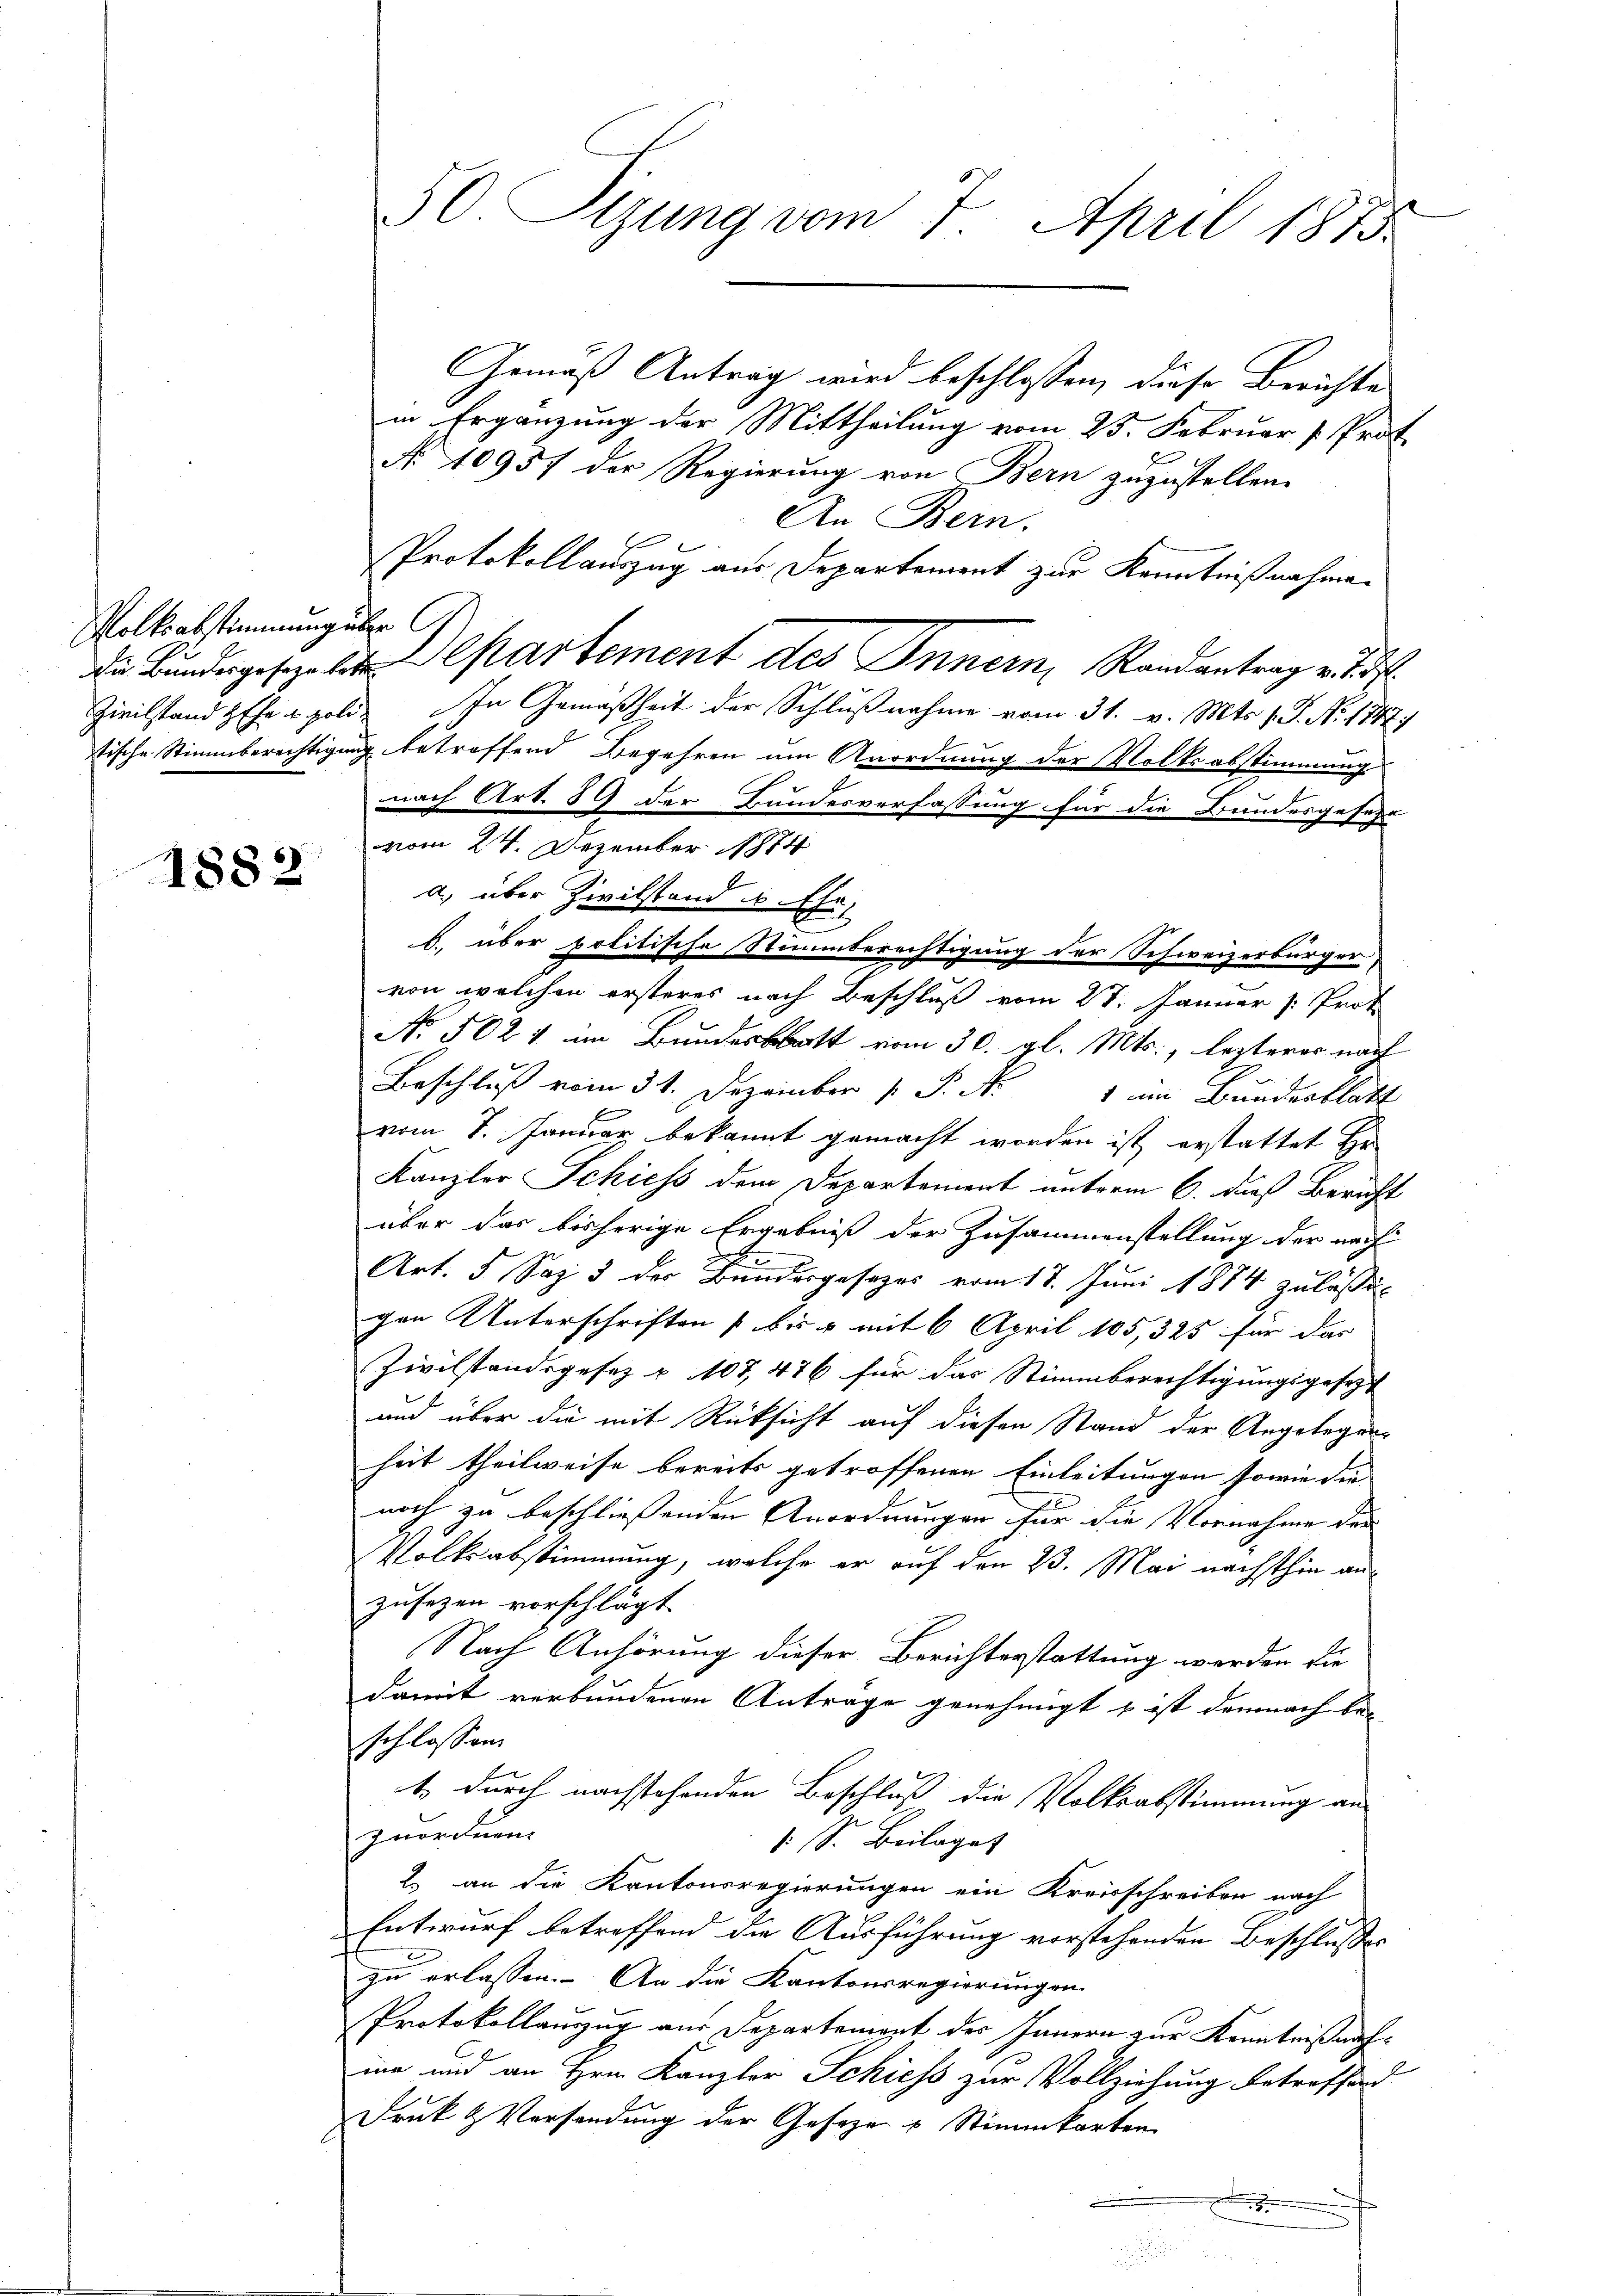
Volksabstimmung über

1882

50. Sizung vom 7. April 1873.

Gemäß Antrag wird beschlossen, diese Berichte
in Ergänzung der Mittheilung vom 23. Februar [Prot
No 10957 der Regierung von Bern zuzustellen.
An Bern.
Protokollauszug aus Departement zur Kenntnißnahmen
de Bundeges de partement des Innern, Randantrag v. 15
Zivilstand sehr u. poli. In Gemäßheit der Schlußnahme vom 31. v. Mts. f. S. N. 1147)
stische Stimmberechtigung betreffend Begehren um Anordnung der Volksabstimmung
nach Art. 89 der Bundesverfassung für die Bundesgeseze
vom 24. Dezember 1874.
a) über Zivilstand u.
2
B
d. über politische Stimmberechtigung der Schweizerbürger,
von welchen ersteres nach Beschluß vom 27. Januar v. Prot
No. 5024 im Bundesblatt vom 30. gl. Mts., lezterer nach
Beschluß vom 31. Dezember 1 S. N.
1 im Bundesblatt
vom 7. Januar bekannt gemacht worden ist erstattet Er
Kanzler Schiess dem Departement unterm 6. daß Bericht
über das bisherige Ergebniß der Zusammenstellung der nach
Art. 5 Sep. 3 der Bundesgesezes vom 17. Juni 1874 zulässi
gen Unterschriften bis u mit 6 April 185, 325 für das
Zivilstandsgesez u. 107, 476 für das Stimmberechtigungsgesezt
und über die mit Rücksicht auf diesen Stand der Angelegung
heit theilweise bereits getroffenen Einleitungen sowie die
noch zu beschliessenden Anordnungen für die Vornahme der
Volksabstimmung, welche er auf den 23. Mai nächsthin anzusezen vorschlägt
Nach Anhörung dieser Berichterstattung werden die
damit verbundenen Anträge genehmigt & ist demnach beschlossen
t durch nachstehenden Beschluß die Volksabstimmung an
zuordnen.
: S. Beilage
2. an die Kantonsregierungen ein Kreisschreiben nach
Entwurf betreffend die Ausführung vorstehenden Beschlusses
zu erlassen. An die Kantonsregierungen
Protokollauszug aus Departement des Innern zur Kenntnißnahie und an Hrn. Kanzler Schiess zur Vollziehung betreffend
Druk & Versendung der Gesezen & Stimmkarten
.